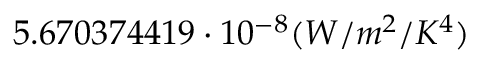
5 . 6 7 0 3 7 4 4 1 9 \cdot 1 0 ^ { - 8 } ( W / m ^ { 2 } / K ^ { 4 } )